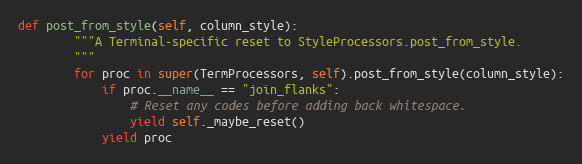
Language: Python
def post_from_style(self, column_style):
        """A Terminal-specific reset to StyleProcessors.post_from_style.
        """
        for proc in super(TermProcessors, self).post_from_style(column_style):
            if proc.__name__ == "join_flanks":
                # Reset any codes before adding back whitespace.
                yield self._maybe_reset()
            yield proc